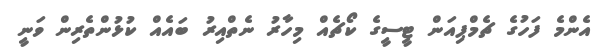
އެންމެ ފަހުގެ ޗެމްޕިއަން ޓީސީގެ ކޯޗެއް މިހާރު ނެތްއިރު ބައެއް ކުޅުންތެރިން ވަނީ